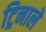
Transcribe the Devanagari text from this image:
ट्रिनाले